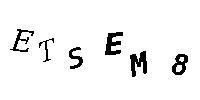
ETSEM8